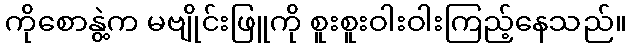
ကိုစောနွဲ့က မဗျိုင်းဖြူကို စူးစူးဝါးဝါးကြည့်နေသည်။